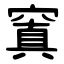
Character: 窴